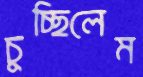
চুচ্ছিলেম